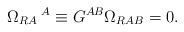
\begin{align*}\Omega_{RA}\hspace*{1mm}^{A} \equiv G^{AB}\Omega_{RAB}=0.\end{align*}